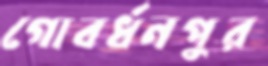
গোবর্ধনপুর